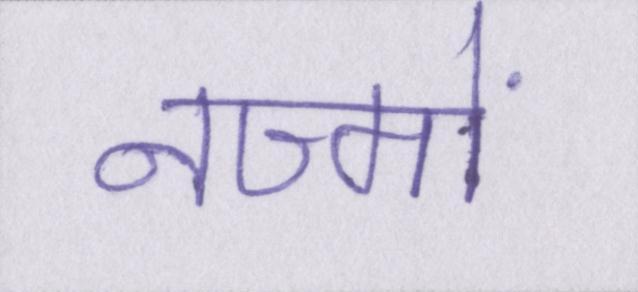
नज्मों